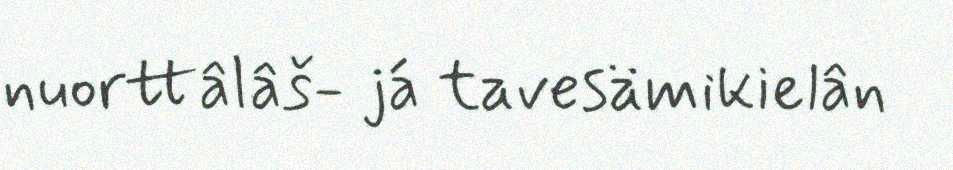
nuorttâlâš- já tavesämikielân